Insane asylums in Bengal annual reports 1876-1887 - 1876-1887
Year: 1876
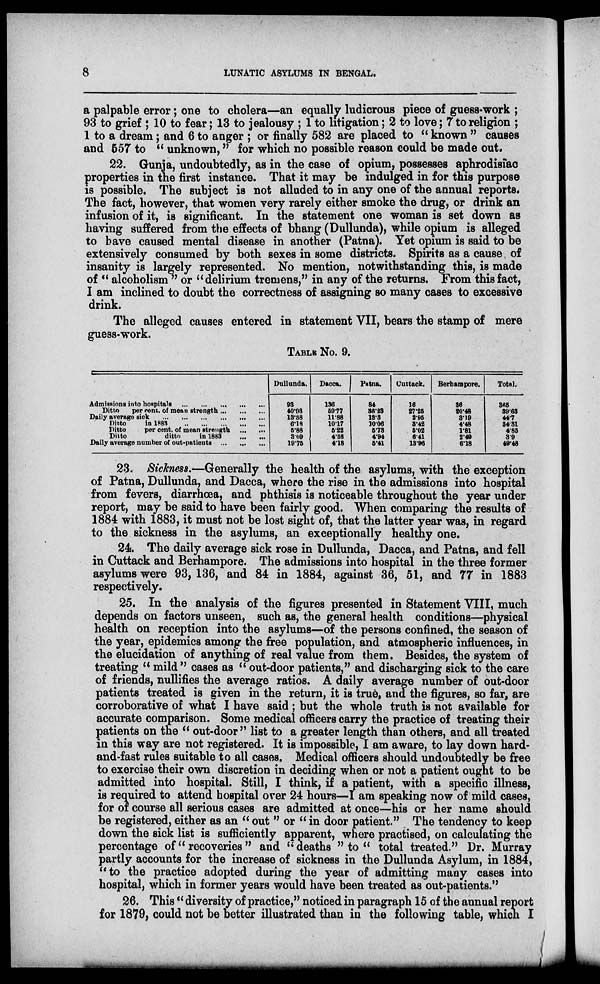
8
LUNATIC ASYLUMS IN BENGAL,
a palpable error; one to cholera—an equally ludicrous piece of guess-work ;
93 to grief ; 10 to fear; 13 to jealousy ; 1 to litigation; 2 to love; 7 to religion ;
1 to a dream; and 6 to anger ; or finally 582 are placed to " known " causes
and 557 to " unknown," for which no possible reason could be made out.
22. Gunja, undoubtedly, as in the case of opium, possesses aphrodisiac
properties in the first instance. That it may be indulged in for this purpose
is possible. The subject is not alluded to in any one of the annual reports-
The fact, however, that women very rarely either smoke the drug, or drink an
infusion of it, is significant. In the statement one woman is set down as
having suffered from the effects of bhang (Dullunda), while opium is alleged
to have caused mental disease in another (Patna). Yet opium is said to be
extensively consumed by both sexes in some districts. Spirits as a cause, of
insanity is largely represented. No mention, notwithstanding this, is made
of " alcoholism " or "delirium tremens," in any of the returns. From this fact,
I am inclined to doubt the correctness of assigning so many cases to excessive
drink.
The alleged causes entered in statement VII, bears the stamp of mere
guess-work.
TABLE No. 9.
Admissions into hospitals
...
...
...
...
...
Ditto
per cent. of mean strength
...
...
...
Daily average sick
...
...
...
...
...
Ditto
in 1883
...
...
...
...
...
Ditto
per cent. of mean strength
...
...
Ditto
ditto
in 1883
...
...
Daily average number of out-patients
...
...
...
Dullunda.
93
40.93
13.38
6.18
5.88
3.09
19.75
Dacca.
136
59.77
11.88
10.17
5.22
4.58
4.18
Patna.
84
36.23
13.3
10.06
5.73
4.94
5.41
Cuttack.
16
27.25
2.95
3.42
5.02
6.41
13.96
Berhampore.
36
20.48
3.19
4.48
1.81
2.49
6.18
Total.
365
39.63
44.7
34.31
4.85
3.9
49.48
23. Sickness.—Generally the health of the asylums, with the exception
of Patna, Dullunda, and Dacca, where the rise in the admissions into hospital
from fevers, diarrhœa, and phthisis is noticeable throughout the year under
report, may be said to have been fairly good. When comparing the results of
1884 with 1883, it must not be lost sight of, that the latter year was, in regard
to the sickness in the asylums, an exceptionally healthy one.
24. The daily average sick rose in Dullunda, Dacca, and Patna, and fell
in Cuttack and Berhampore. The admissions into hospital in the three former
asylums were 93, 136, and 84 in 1884, against 36, 51, and 77 in 1883
respectively.
25. In the analysis of the figures presented in Statement VIII, much
depends on factors unseen, such as, the general health conditions—physical
health on reception into the asylums—of the persons confined, the season of
the year, epidemics among the free population, and atmospheric influences, in
the elucidation of anything of real value from them. Besides, the system of
treating " mild " cases as " out-door patients," and discharging sick to the care
of friends, nullifies the average ratios. A daily average number of out-door
patients treated is given in the return, it is true, and the figures, so far, are
corroborative of what I have said ; but the whole truth is not available for
accurate comparison. Some medical officers carry the practice of treating their
patients on the " out-door" list to a greater length than others, and all treated
in this way are not registered. It is impossible, I am aware, to lay down hard-
and-fast rules suitable to all cases. Medical officers should undoubtedly be free
to exercise their own discretion in deciding when or not a patient ought to be
admitted into hospital. Still, I think, if a patient, with a specific illness,
is required to attend hospital over 24 hours—I am speaking now of mild cases,
for of course all serious cases are admitted at once—his or her name should
be registered, either as an " out " or " in door patient." The tendency to keep
down the sick list is sufficiently apparent, where practised, on calculating the
percentage of"recoveries" and "deaths "to" total treated." Dr. Murray
partly accounts for the increase of sickness in the Dullunda Asylum, in 1884,
"to the practice adopted during the year of admitting many cases into
hospital, which in former years would have been treated as out-patients."
26. This " diversity of practice," noticed in paragraph 15 of the annual report
for 1879, could not be better illustrated than in the following table, which I